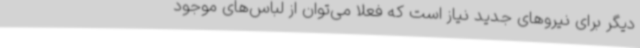
دیگر برای نیروهای جدید نیاز است که فعلا می‌توان از لباس‌های موجود